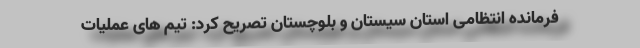
فرمانده انتظامی استان سیستان و بلوچستان تصریح کرد: تیم های عملیات